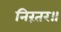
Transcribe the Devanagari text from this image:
निरंतर॥